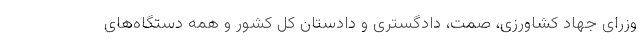
وزرای جهاد کشاورزی، صمت، دادگستری و دادستان کل کشور و همه دستگاه‌های